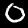
Label: 0